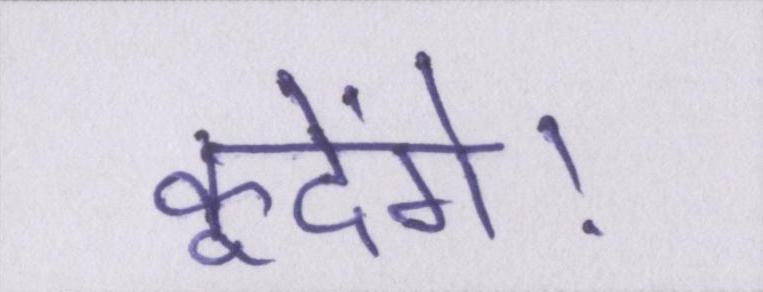
कूदेंगे।